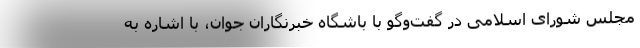
مجلس شورای اسلامی در گفت‌وگو با باشگاه خبرنگاران جوان، با اشاره به